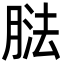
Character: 𦝌